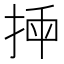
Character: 𢭣